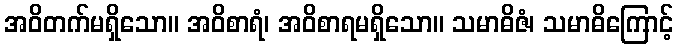
အဝိတက်မရှိသော။ အဝိစာရံ၊ အဝိစာရမရှိသော။ သမာဓိဇံ၊ သမာဓိကြောင့်